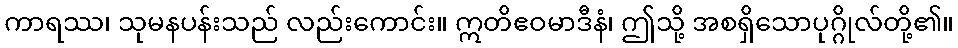
ကာရဿ၊ သုမနပန်းသည် လည်းကောင်း။ ဣတိဧဝမာဒီနံ၊ ဤသို့ အစရှိသောပုဂ္ဂိုလ်တို့၏။